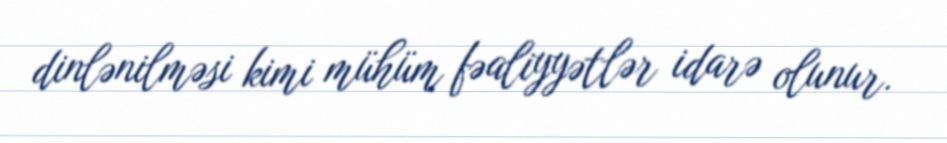
dinlənilməsi kimi mühüm fəaliyyətlər idarə olunur.